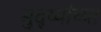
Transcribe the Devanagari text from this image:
मुद्य्यांच्या